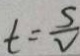
t = \frac { S } { V }